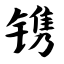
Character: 镌